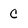
Character: C